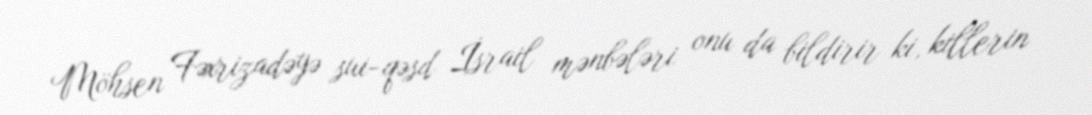
Möhsen Fəxrizadəyə sui-qəsd İsrail mənbələri onu da bildirir ki, killerin